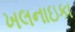
ખલનાઇકા